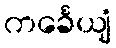
ကင်္ခေယျံ